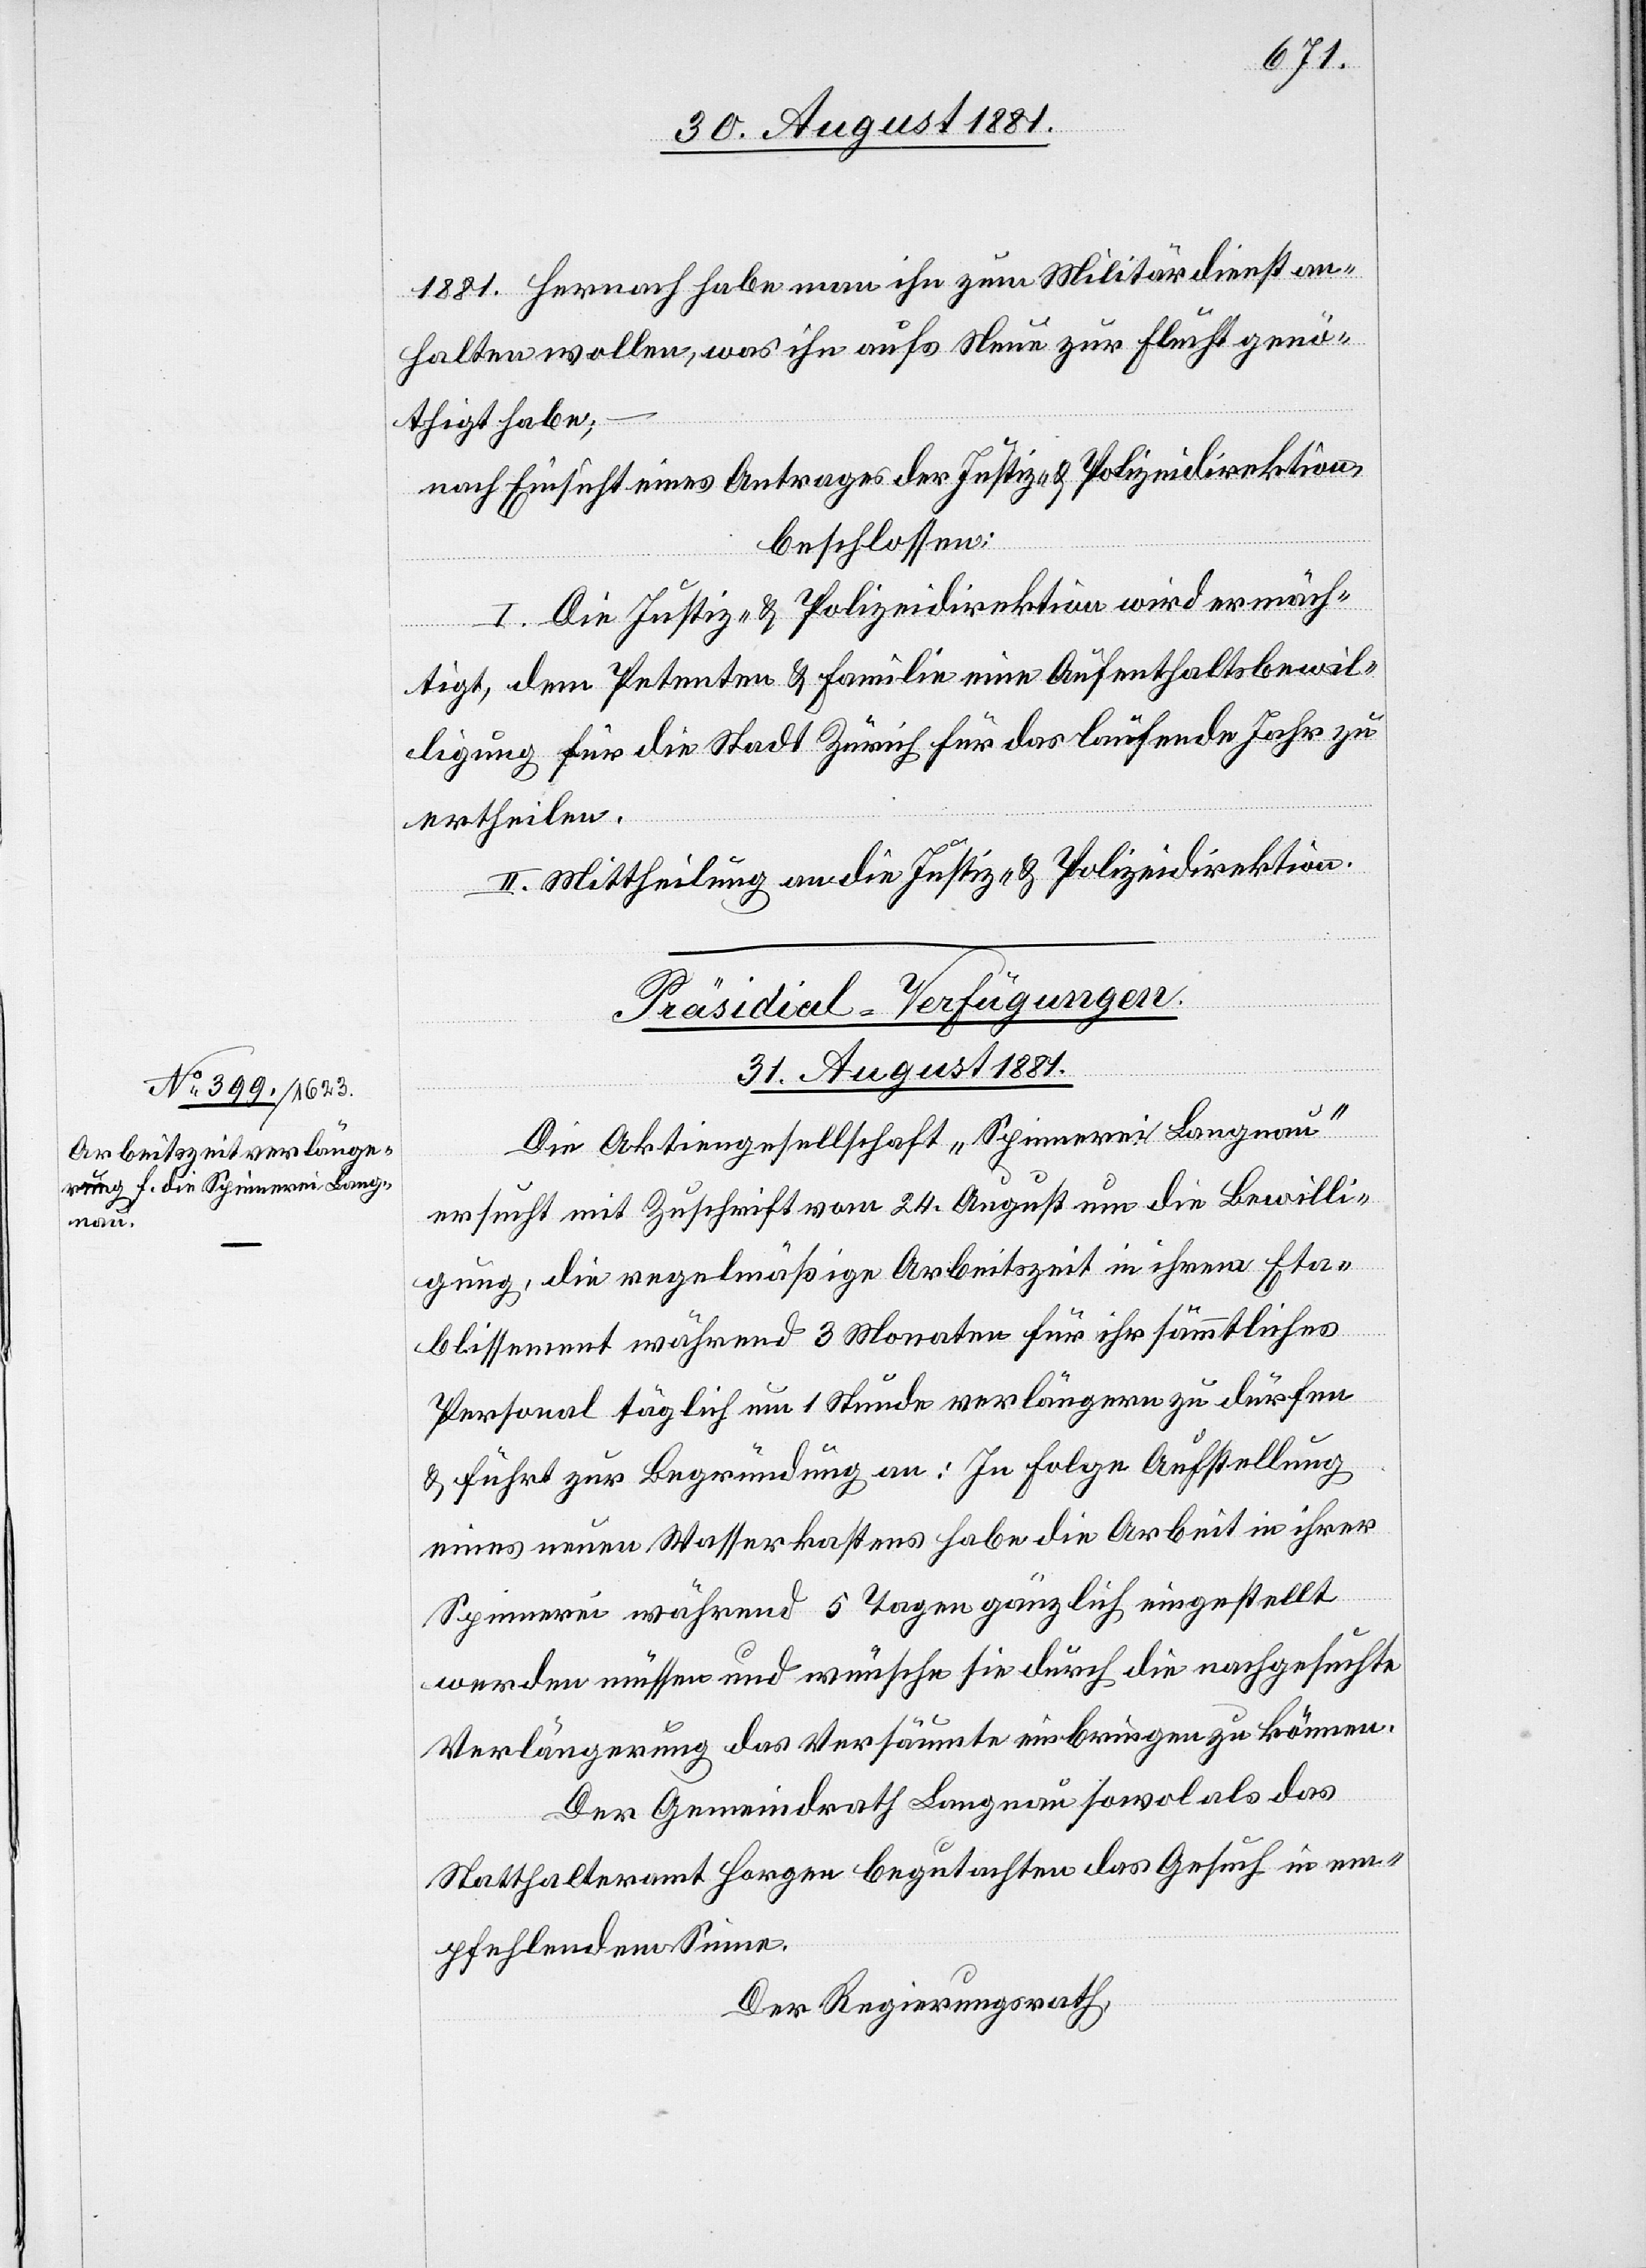
Jahr
1881. Hernach habe man ihn zum Militärdienst an¬
halten wollen, was ihn aufs Neue zur Flucht genö¬
thigt habe;
nach Einsicht eines Antrages der Justiz- & Polizeidirektion,
beschlossen:
I. Die Justiz- & Polizeidirektion wird ermäch¬
tigt, dem Petenten & Familie eine Aufenthaltsbewil¬
ertheilen.
II. Mittheilung an die Justiz- & Polizeidirektion.
laufende
Präsidial-Verfügungen
31. August 1881.
Die Aktiengesellschaft „Spinnerei Langnau“
ersucht mit Zuschrift vom 24. August um die Bewilli¬
gung, die regelmäßige Arbeitszeit in ihrem Eta¬
blissement während 3 Monaten für ihr sämmtliches
Personal täglich um 1 Stunde verlängern zu dürfen
& führt zur Begründung an: In Folge Aufstellung
eines neuen Wasserkastens habe die Arbeit in ihrer
Spinnerei während 5 Tagen gänzlich eingestellt
werden müssen und wünsche sie durch die nachgesuchte
Verlängerung das Versäumte einbringen zu können.
Der Gemeindrath Langnau sowol als das
Statthalteramt Horgen begutachten das Gesuch in em¬
pfehlendem Sinne.
Der Regierungsrath,